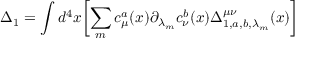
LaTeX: \Delta _ { 1 } = \int d ^ { 4 } x \biggl [ \sum _ { m } c _ { \mu } ^ { a } ( x ) { { \partial } _ { { \lambda } _ { m } } } c _ { \nu } ^ { b } ( x ) \Delta _ { 1 , a , b , { \lambda } _ { m } } ^ { \mu \nu } ( x ) \biggr ]